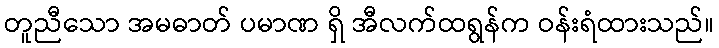
တူညီသော အမဓာတ် ပမာဏ ရှိ အီလက်ထရွန်က ဝန်းရံထားသည်။